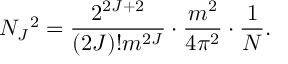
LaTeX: N _ { J } { } ^ { 2 } = \frac { 2 ^ { 2 J + 2 } } { ( 2 J ) ! m ^ { 2 J } } \cdot \frac { m ^ { 2 } } { 4 \pi ^ { 2 } } \cdot \frac { 1 } { N } .